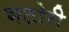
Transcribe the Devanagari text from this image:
भटोरी